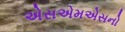
એસએમએસનો